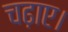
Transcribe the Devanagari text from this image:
चढ़ाए।